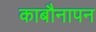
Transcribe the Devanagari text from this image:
काबौनापन